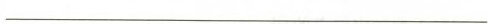
_______